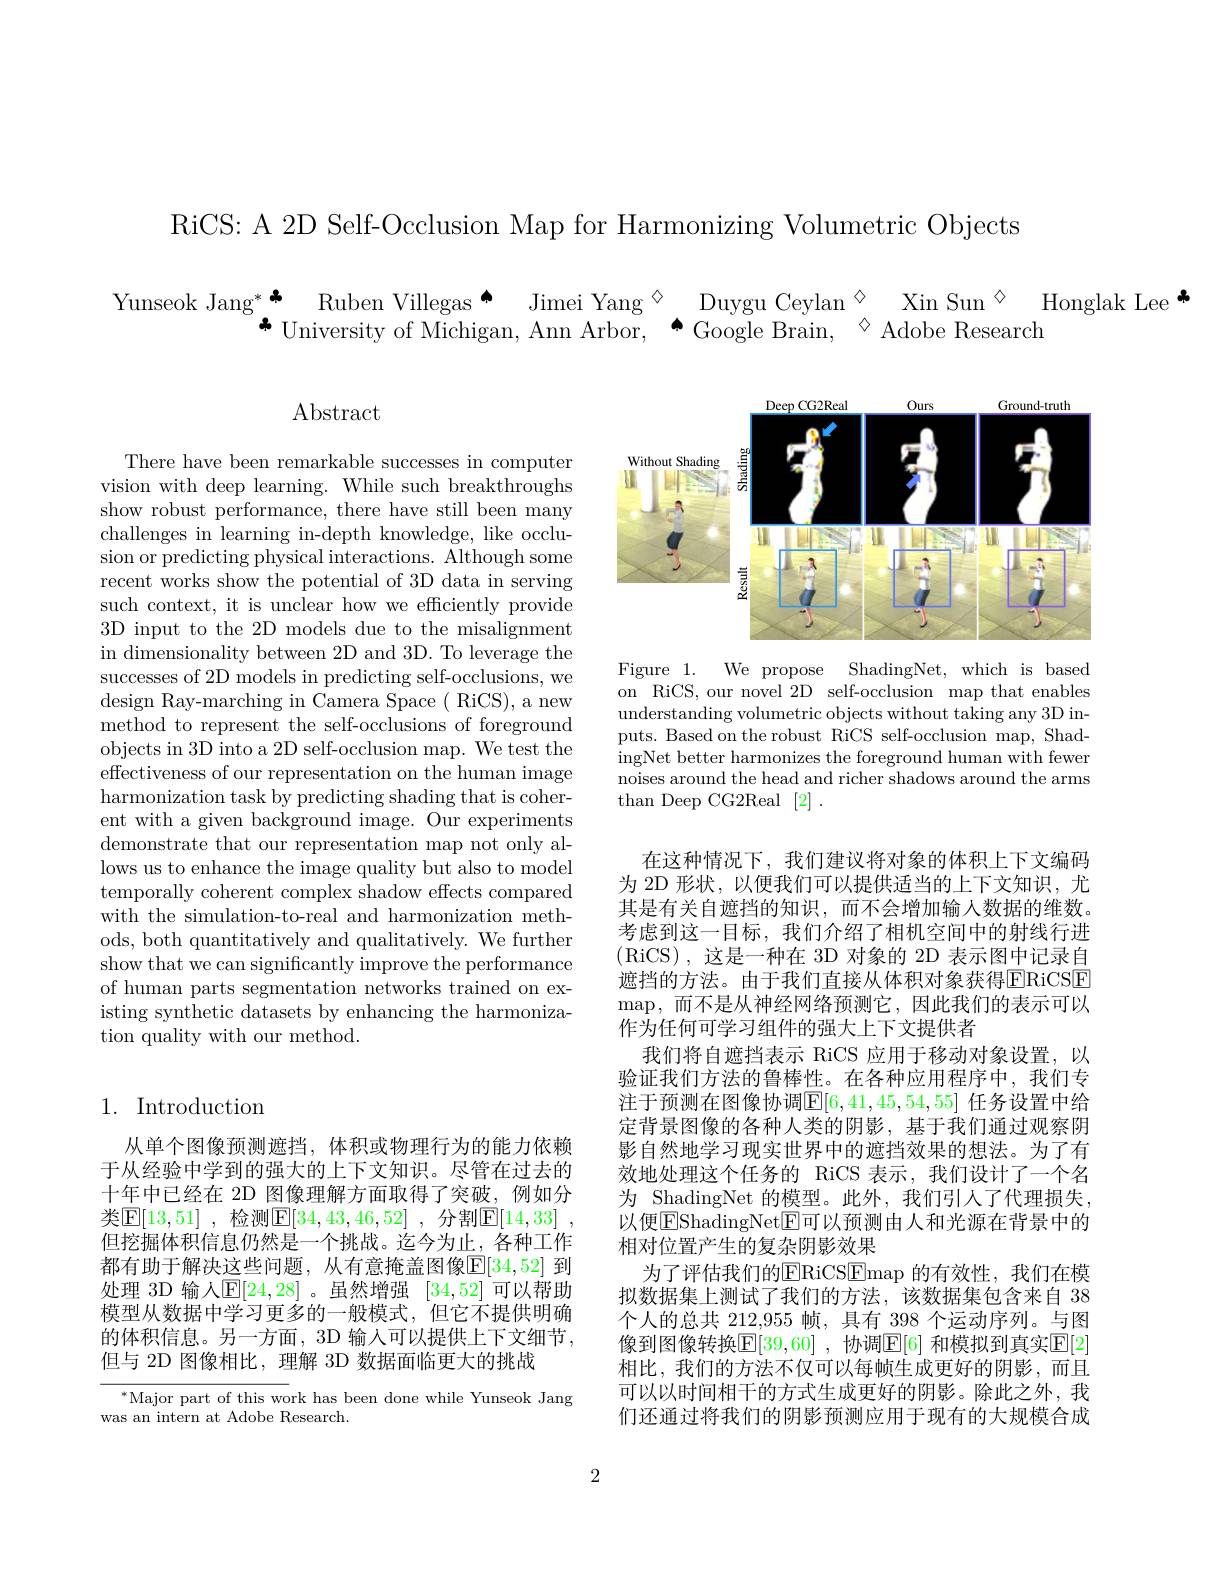
RiCS: A 2D Self-Occlusion Map for Harmonizing Volumetric Objects

Yunseok Jang$^*\overset{*}{\operatorname*{\operatorname*{\operatorname*{\operatorname*{\to}}}}}$Ruben Villegas$\overset{\bullet}{\operatorname*{\operatorname*{\operatorname*{\operatorname*{\:}}}}}$Jimei Yang$\overset{\diamond}{\operatorname*{\operatorname*{\:}}}$Duygu Ceylan$\overset{\diamond}{\operatorname*{\:}}$Xin Sun$\overset{\diamond}{\operatorname*{\:}}$Honglak Lee$\overset{\bullet}{\operatorname*{\operatorname*{\:}}}$University of Michigan, Ann Arbor$,\overset{\bullet}{\operatorname*{\:}}$Google Brain$,\overset{\diamond}{\operatorname*{\:}}$Adobe Research

$\operatorname{Abstract}$

<FigureHere>

Figure 1. We propose ShadingNet, which is based on RiCS, our novel 2D self-occlusion map that enables understanding volumetric objects without taking any 3D inputs. Based on the robust RiCS self-occlusion map, ShadingNet better harmonizes the foreground human with fewer noises around the head and richer shadows around the arms than Deep CG2Real [2].

There have been remarkable successes in computer vision with deep learning. While such breakthroughs show robust performance, there have still been many challenges in learning in-depth knowledge, like occlusion or predicting physical interactions. Although some recent works show the potential of 3D data in serving such context, it is unclear how we efficiently provide 3D input to the 2D models due to the misalignment in dimensionality between 2D and 3D. To leverage the successes of 2D models in predicting self-occlusions, we design Ray-marching in Camera Space ( RiCS), a new method to represent the self-occlusions of foreground objects in 3D into a 2D self-occlusion map. We test the effectiveness of our representation on the human image harmonization task by predicting shading that is coherent with a given background image. Our experiments demonstrate that our representation map not only allows us to enhance the image quality but also to model temporally coherent complex shadow effects compared with the simulation-to-real and harmonization methods, both quantitatively and qualitatively. We further show that we can significantly improve the performance of human parts segmentation networks trained on existing synthetic datasets by enhancing the harmonization quality with our method.

## 1. Introduction

在这种情况下，我们建议将对象的体积上下文编码为 2D 形状，以便我们可以提供适当的上下文知识，尤其是有关自遮挡的知识，而不会增加输入数据的维数。考虑到这一目标，我们介绍了相机空间中的射线行进(RiCS),这是一种在 3D 对象的 2D 表示图中记录自遮挡的方法。由于我们直接从体积对象获得$\overline{\mathrm{ERiCSE}}$ $\operatorname*{map,}$而不是从神经网络预测它，因此我们的表示可以作为任何可学习组件的强大上下文提供者
我们将自遮挡表示 RiCS 应用于移动对象设置，以验证我们方法的鲁棒性。在各种应用程序中，我们专注于预测在图像协调$\mathbb{E}[6,41,45,54,55]$ 任务设置中给定背景图像的各种人类的阴影，基于我们通过观察阴影自然地学习现实世界中的遮挡效果的想法。为了有效地处理这个任务的 RiCS 表示，我们设计了一个名为 ShadingNet 的模型。此外，我们引入了代理损失， 以便$\overline{\mathrm{E}}$ShadingNet$\overline{\mathrm{E}}$可以预测由人和光源在背景中的相对位置产生的复杂阴影效果
为了评估我们的$\underline{\mathrm{ERiCS}}\underline{\mathrm{E}}\underline{\mathrm{E}}\underline{\mathrm{map}}$ 的有效性，我们在模拟数据集上测试了我们的方法，该数据集包含来自 38个人的总共 212,955 帧，具有 398 个运动序列。与图像到图像转换$\mathbb{E}[39,60]$ ,协调$\mathbb{E}[6]$ 和模拟到真实$\mathbb{E}[2]$ 相比，我们的方法不仅可以每帧生成更好的阴影，而且可以以时间相干的方式生成更好的阴影。除此之外，我们还通过将我们的阴影预测应用于现有的大规模合成

从单个图像预测遮挡，体积或物理行为的能力依赖于从经验中学到的强大的上下文知识。尽管在过去的十年中已经在 2D 图像理解方面取得了突破，例如分类$\mathbb{E} [ 13, 51]$ ,检测$\mathbb{E} [ 34, 43, 46, 52]$ , 分割$\mathbb{E} [ 14, 33]$ , 但挖掘体积信息仍然是一个挑战。迄今为止，各种工作都有助于解决这些问题，从有意掩盖图像$\mathbb{E}[34,52]$ 到处理 3D 输人$\mathbb{E}[24,28]$ 。虽然增强 [34,52] 可以帮助模型从数据中学习更多的一般模式，但它不提供明确的体积信息。另一方面，3D 输入可以提供上下文细节， 但与 2D 图像相比，理解 3D 数据面临更大的挑战

${^{*}\text{Major part of this wo}}$rk has been done while Yunseok Jang
was an intern at Adobe Research.

2